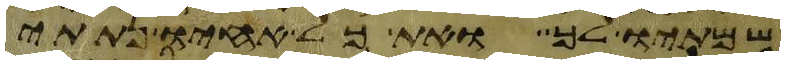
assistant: שמתיו לך ואת כל אחיו נתתי